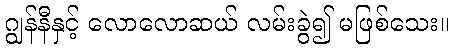
ဂျွန်နီနှင့် လောလောဆယ် လမ်းခွဲ၍ မဖြစ်သေး။